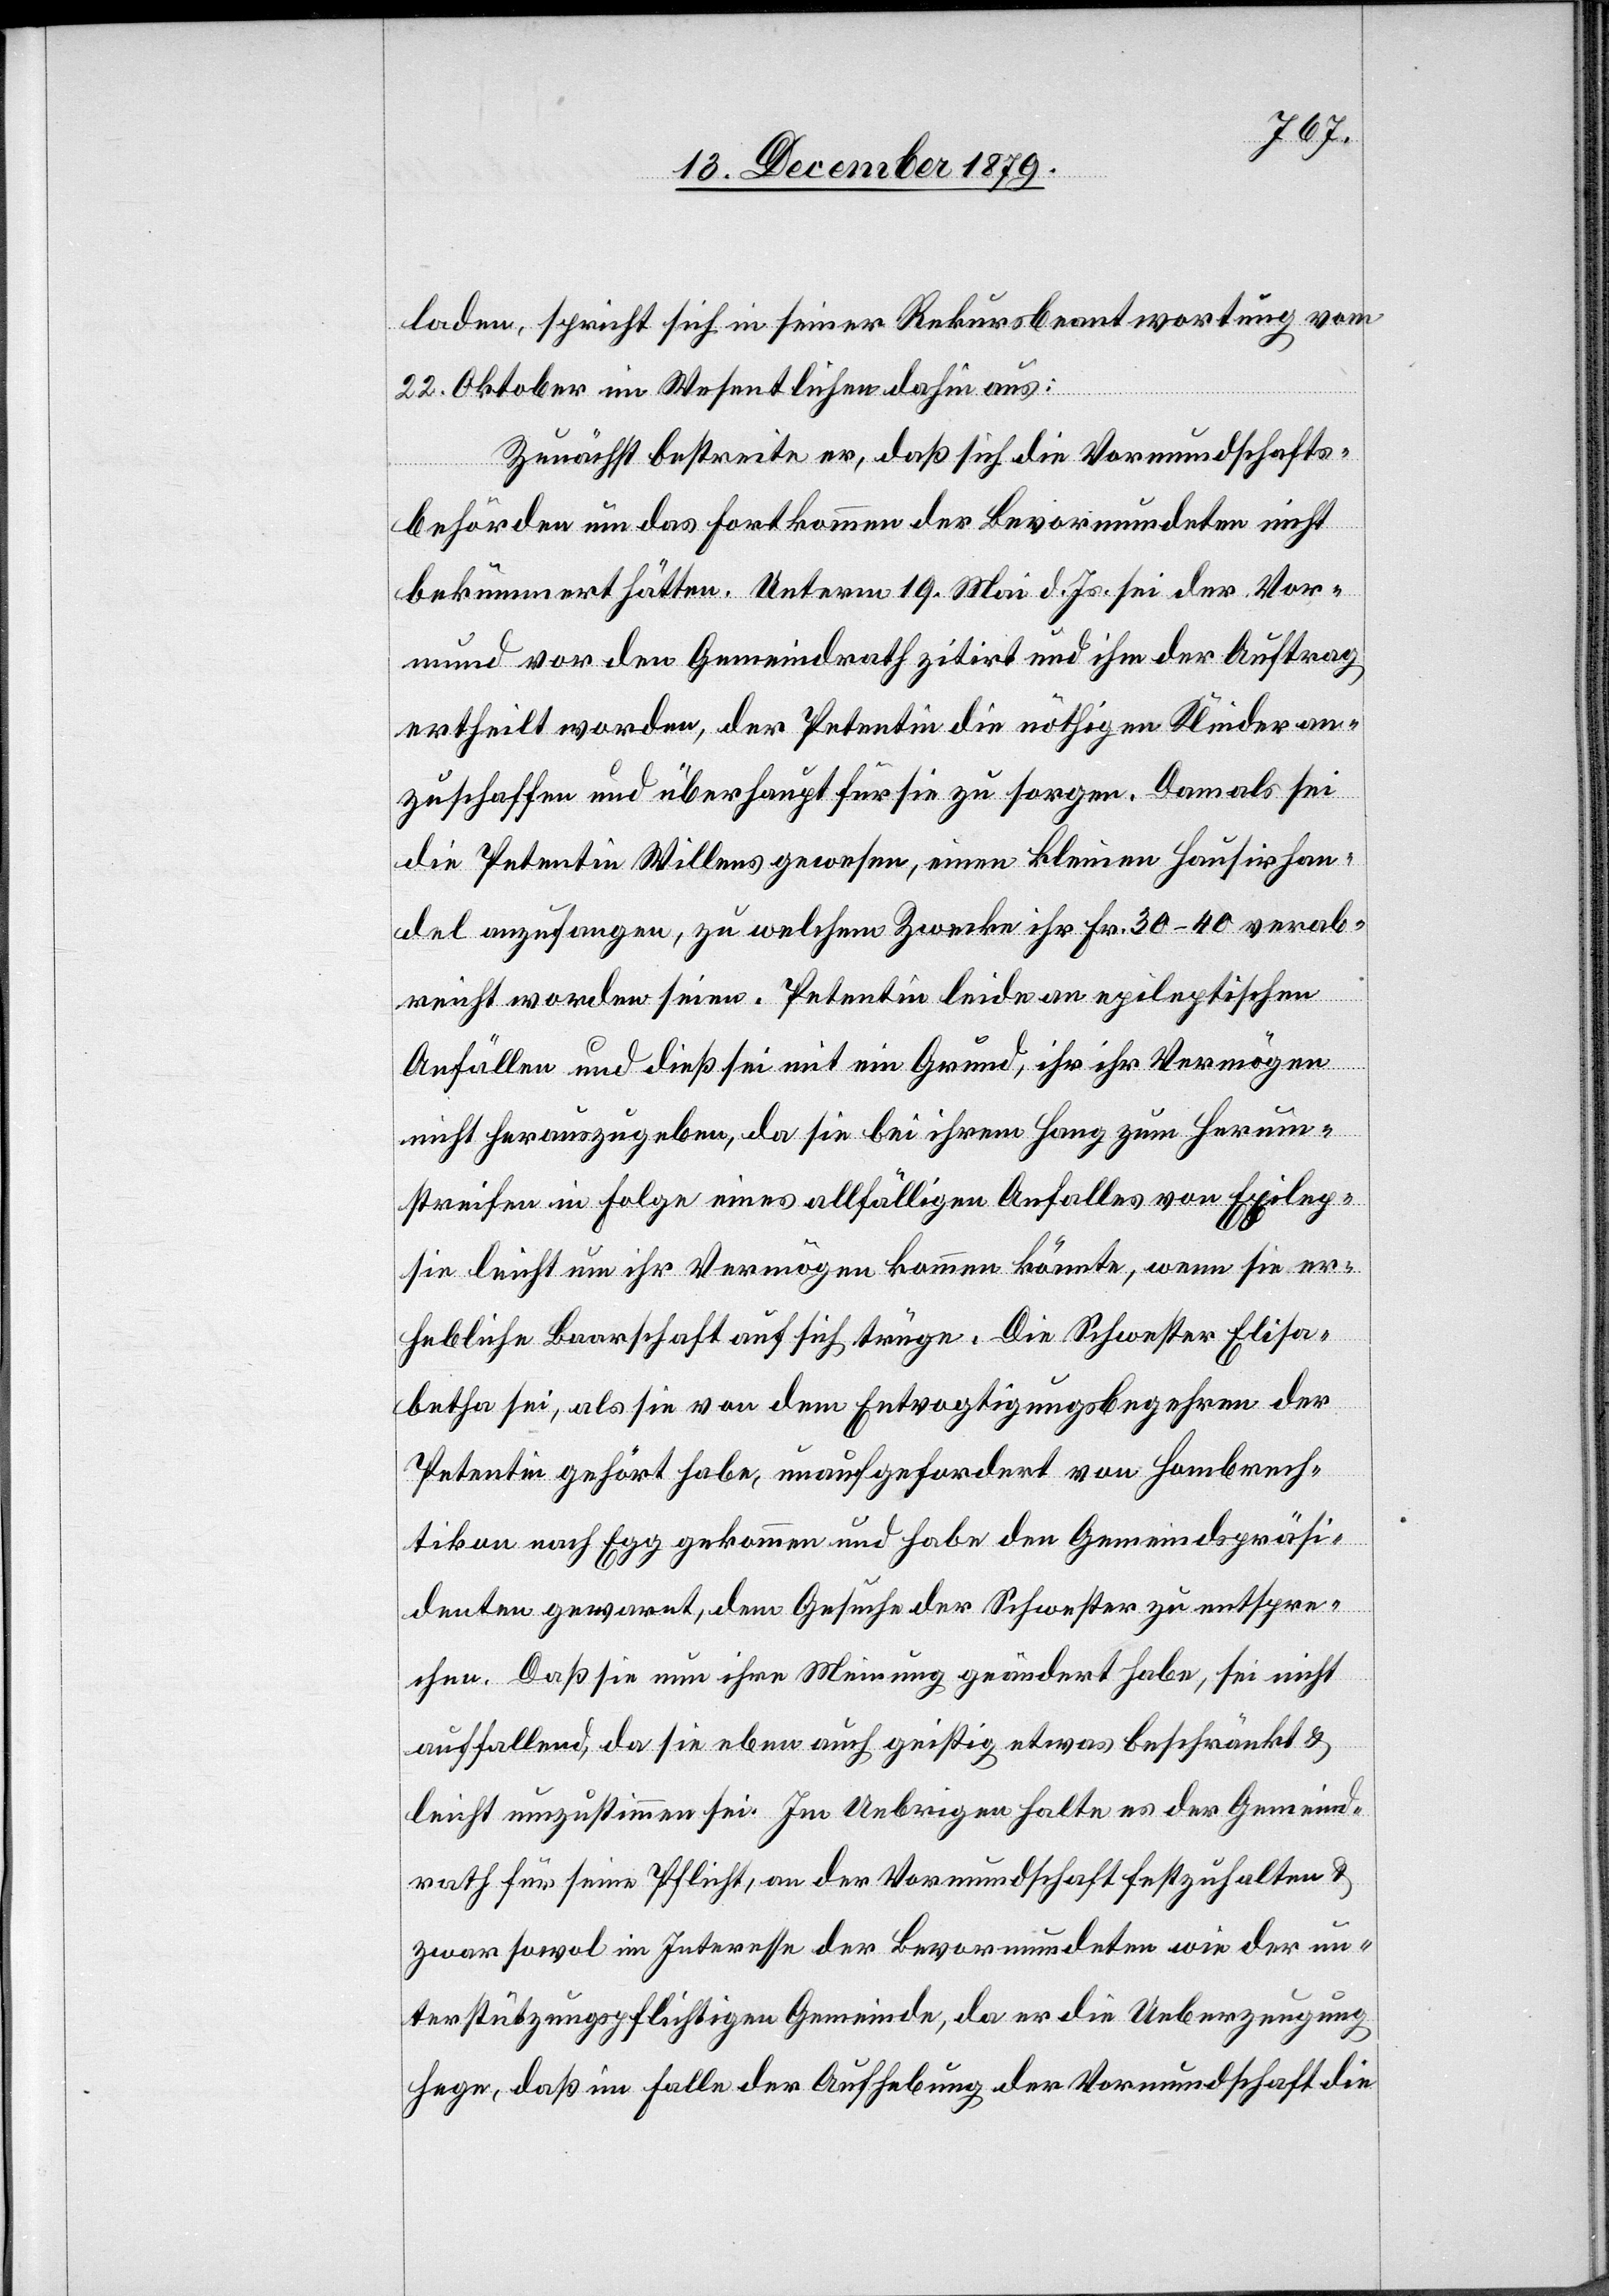
laden, spricht sich in seiner Rekursbeantwortung vom
22. Oktober im Wesentlichen dahin aus:
Zunächst bestreite er, daß sich die Vormundschafts¬
behörden um das Fortkommen der Bevormundeten nicht
bekümmert hätten. Unterm 19. Mai d. Js. sei der Vor¬
mund vor den Gemeindrath zitirt und ihm der Auftrag
ertheilt worden, der Petentin die nöthigen Kleider an¬
zuschaffen und überhaupt für sie zu sorgen. Damals sei
die Petentin Willens gewesen, einen kleinen Hausirhan¬
del anzufangen, zu welchem Zwecke ihr Fr. 30–40 verab¬
reicht worden seien. Petentin leide an epileptischen
Anfällen und dieß sei mit ein Grund, ihr ihr Vermögen
nicht herauszugeben, da sie bei ihrem Hang zum Herum¬
streifen in Folge eines anfälligen Anfalles von Epilep¬
sie leicht um ihr Vermögen kommen könnte, wenn sie er¬
hebliche Baarschaft auf sich träge. Die Schwester Elisa¬
betha sei, als sie von dem Entvogtigungsbegehren der
Petentin gehört habe, unaufgefordert von Hombrech¬
tikon nach Egg gekommen und habe den Gemeindspräsi¬
denten gewarnt, dem Gesuche der Schwester zu entspre¬
chen. Daß sie nun ihre Meinung geändert habe, sei nicht
auffallend, da sie eben auch geistig etwas beschränkt &
leicht umzustimmen sei. Im Uebrigen halte es der Gemeind¬
rath für seine Pflicht, an der Vormundschaft festzuhalten &
zwar sowol im Interesse der Bevormundeten wie der un¬
terstützungspflichtigen Gemeinde, da er die Ueberzeugung
hege daß im Falle der Aufhebung der Vormundschaft die